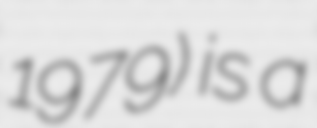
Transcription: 1979) is a